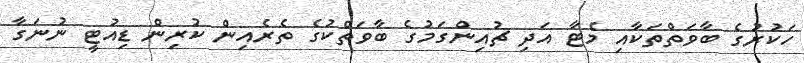
ހަކުރުގެ ބާވަތްތަކާއި މެޓާ އަދި ޗުއިންގަމުގެ ބާވަތްކުގެ ތެރެއިން ކުރިން ޑިއުޓީ ނުނަގާ